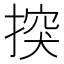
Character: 揬